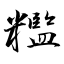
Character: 糮